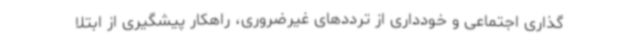
گذاری اجتماعی و خودداری از ترددهای غیرضروری، راهکار پیشگیری از ابتلا